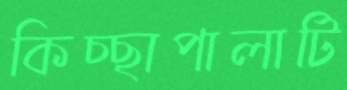
কিচ্ছাপালাটি